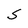
Character: S